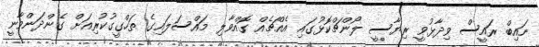
ނައިބް ރައީސް ވިދާޅުވީ ރިޔާސީ ލޯންޗްކޮޅުގައި އެއްޗެއް ގޮއްވާލި މައްސަލައިގެ ތަހްގީގުކުރިއަށް ގެންދަންވާނީ